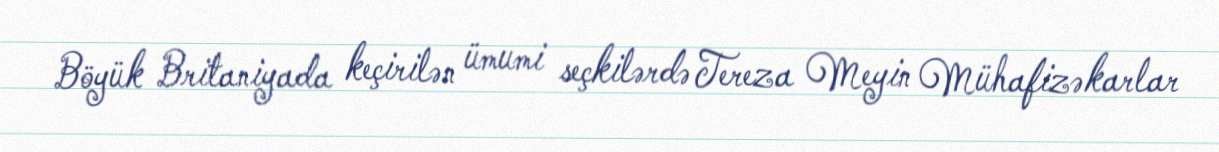
Böyük Britaniyada keçirilən ümumi seçkilərdə Tereza Meyin Mühafizəkarlar